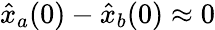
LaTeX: \hat{x}_{a}(0)-\hat{x}_{b}(0)\approx 0